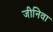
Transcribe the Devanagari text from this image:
जीनिवा